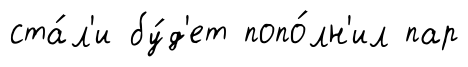
ста́л'и бу́д'ет попо́лн'ил пар